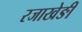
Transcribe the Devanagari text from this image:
रजाखेङी